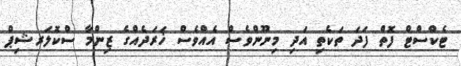
ޓެކްސްޓް ފޮތް ފަދަ ތަކެތި އަދި މިނޫންވެސް އެއްވެސް ޚަރަދެއްގެ ޒިންމާ ސްކޮލަރޝިޕް